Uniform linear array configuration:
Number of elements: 32
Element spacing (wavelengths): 1
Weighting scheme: binomial
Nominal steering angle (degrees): -30
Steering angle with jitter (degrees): -29.121
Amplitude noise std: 0.05
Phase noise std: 0.05

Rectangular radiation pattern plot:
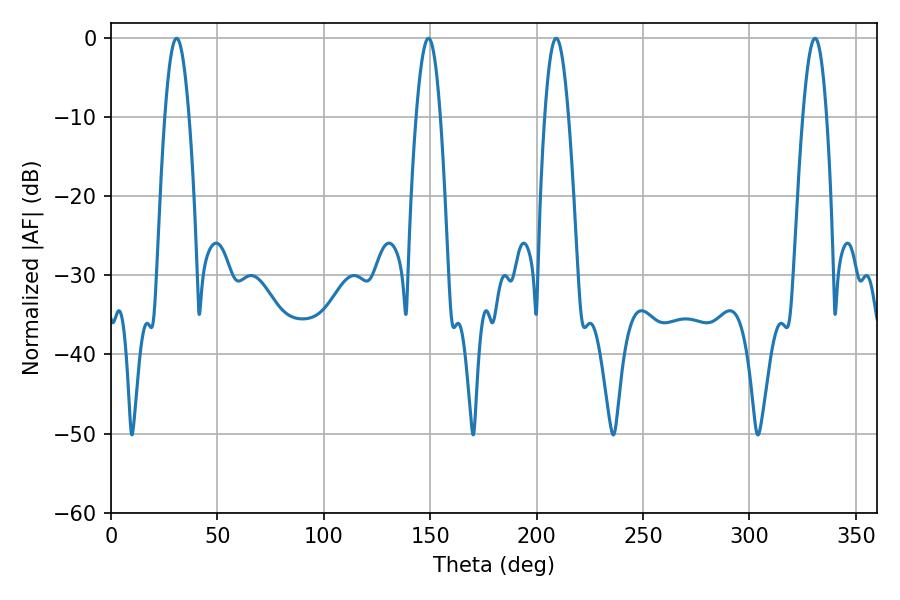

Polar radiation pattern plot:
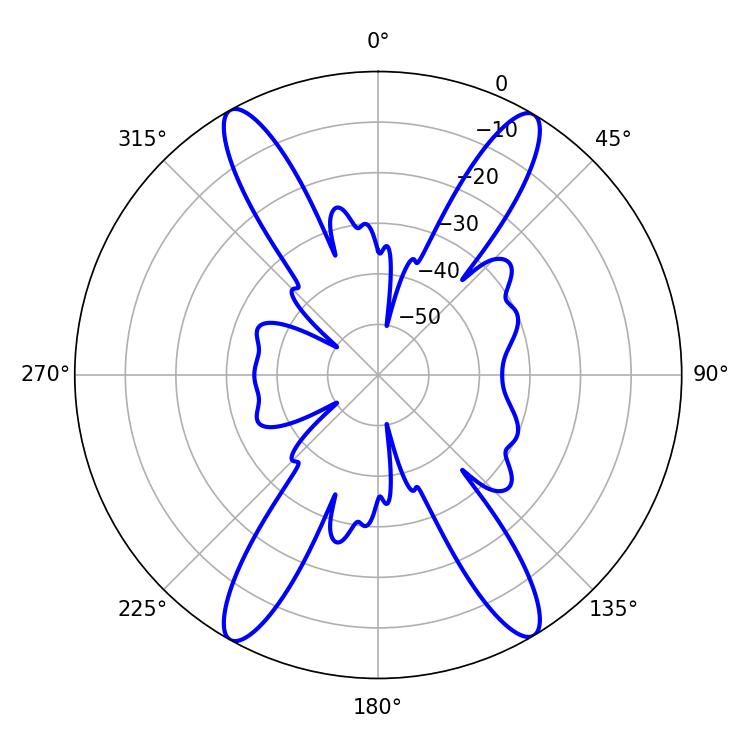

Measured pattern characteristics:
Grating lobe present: TRUE
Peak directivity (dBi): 23.761
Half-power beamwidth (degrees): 5.94
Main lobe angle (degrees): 209.16